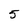
Character: 5